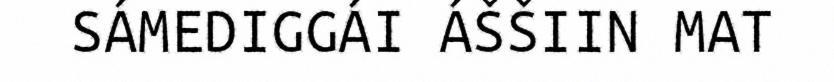
SÁMEDIGGÁI ÁŠŠIIN MAT